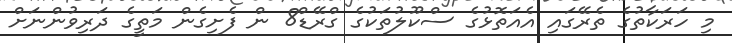
މި ހަރަކާތުގެ ތެރޭގައި އެއަތޮޅުގެ ސްކޫލުތަކުގެ ގްރޭޑް8 ން ފެށިގެން މަތީގެ ދަރިވުންނަށް